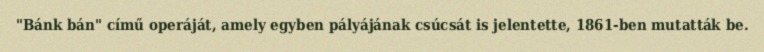
"Bánk bán" című operáját, amely egyben pályájának csúcsát is jelentette, 1861-ben mutatták be.